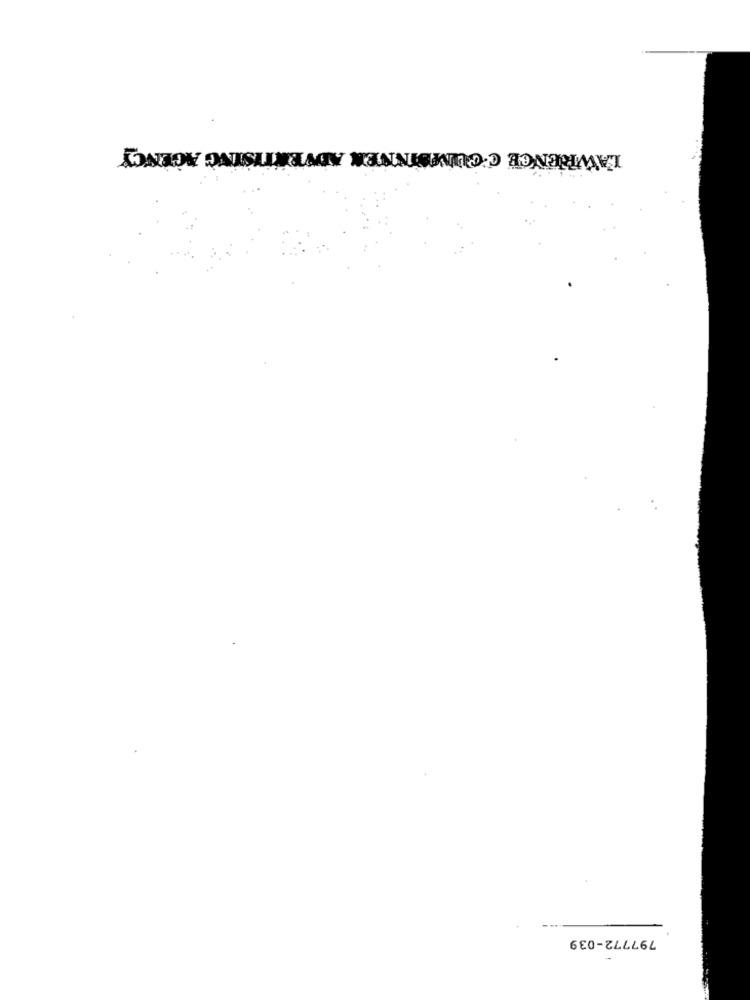
LAWRENCE C'CUMSINNEN ADVERTISING AGENCY
797772-039
-